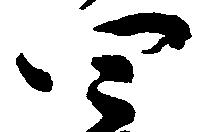
四